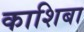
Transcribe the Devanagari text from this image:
काशिबा